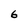
Character: 6